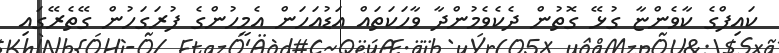
ކައިފްގެ ކާވެންޏާ ގުޅޭ ގޮތުން ދެކެވެމުންދާ ވާހަކަތައް އަޑުއަހަން އެމީހުންގެ ފުރަގަހުން ގޭތެރޭގައި